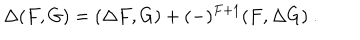
\Delta ( F , G ) = ( \Delta F , G ) + ( - ) ^ { F + 1 } ( F , \Delta G ) \ .